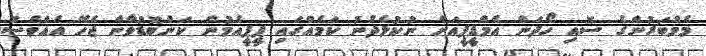
މެމްބަރުންގެ ސޮއި ހޯދަން އެމްޑީޕީއަށް ނުކުޅެދުނު ކަމެއްގައި ޕީޕީއެމުން ކަންބޮޑުވާން ޖެހޭ އެއްވެސް